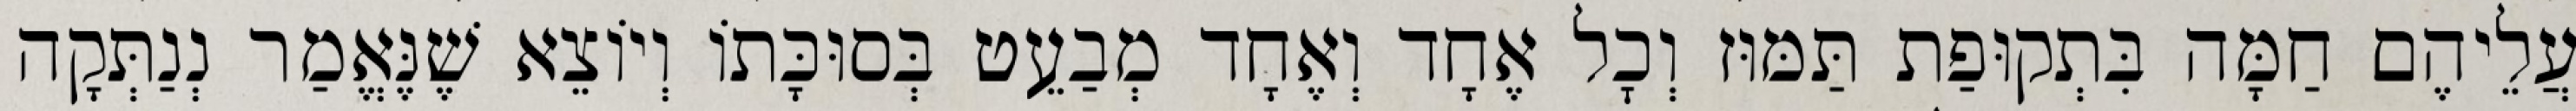
עֲלֵיהֶם חַמָּה בִּתְקוּפַת תַּמּוּז וְכׇל אֶחָד וְאֶחָד מְבַעֵט בְּסוּכָּתוֹ וְיוֹצֵא שֶׁנֶּאֱמַר נְנַתְּקָה